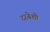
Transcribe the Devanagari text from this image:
दरबेशी